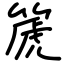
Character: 篪